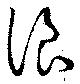
浪